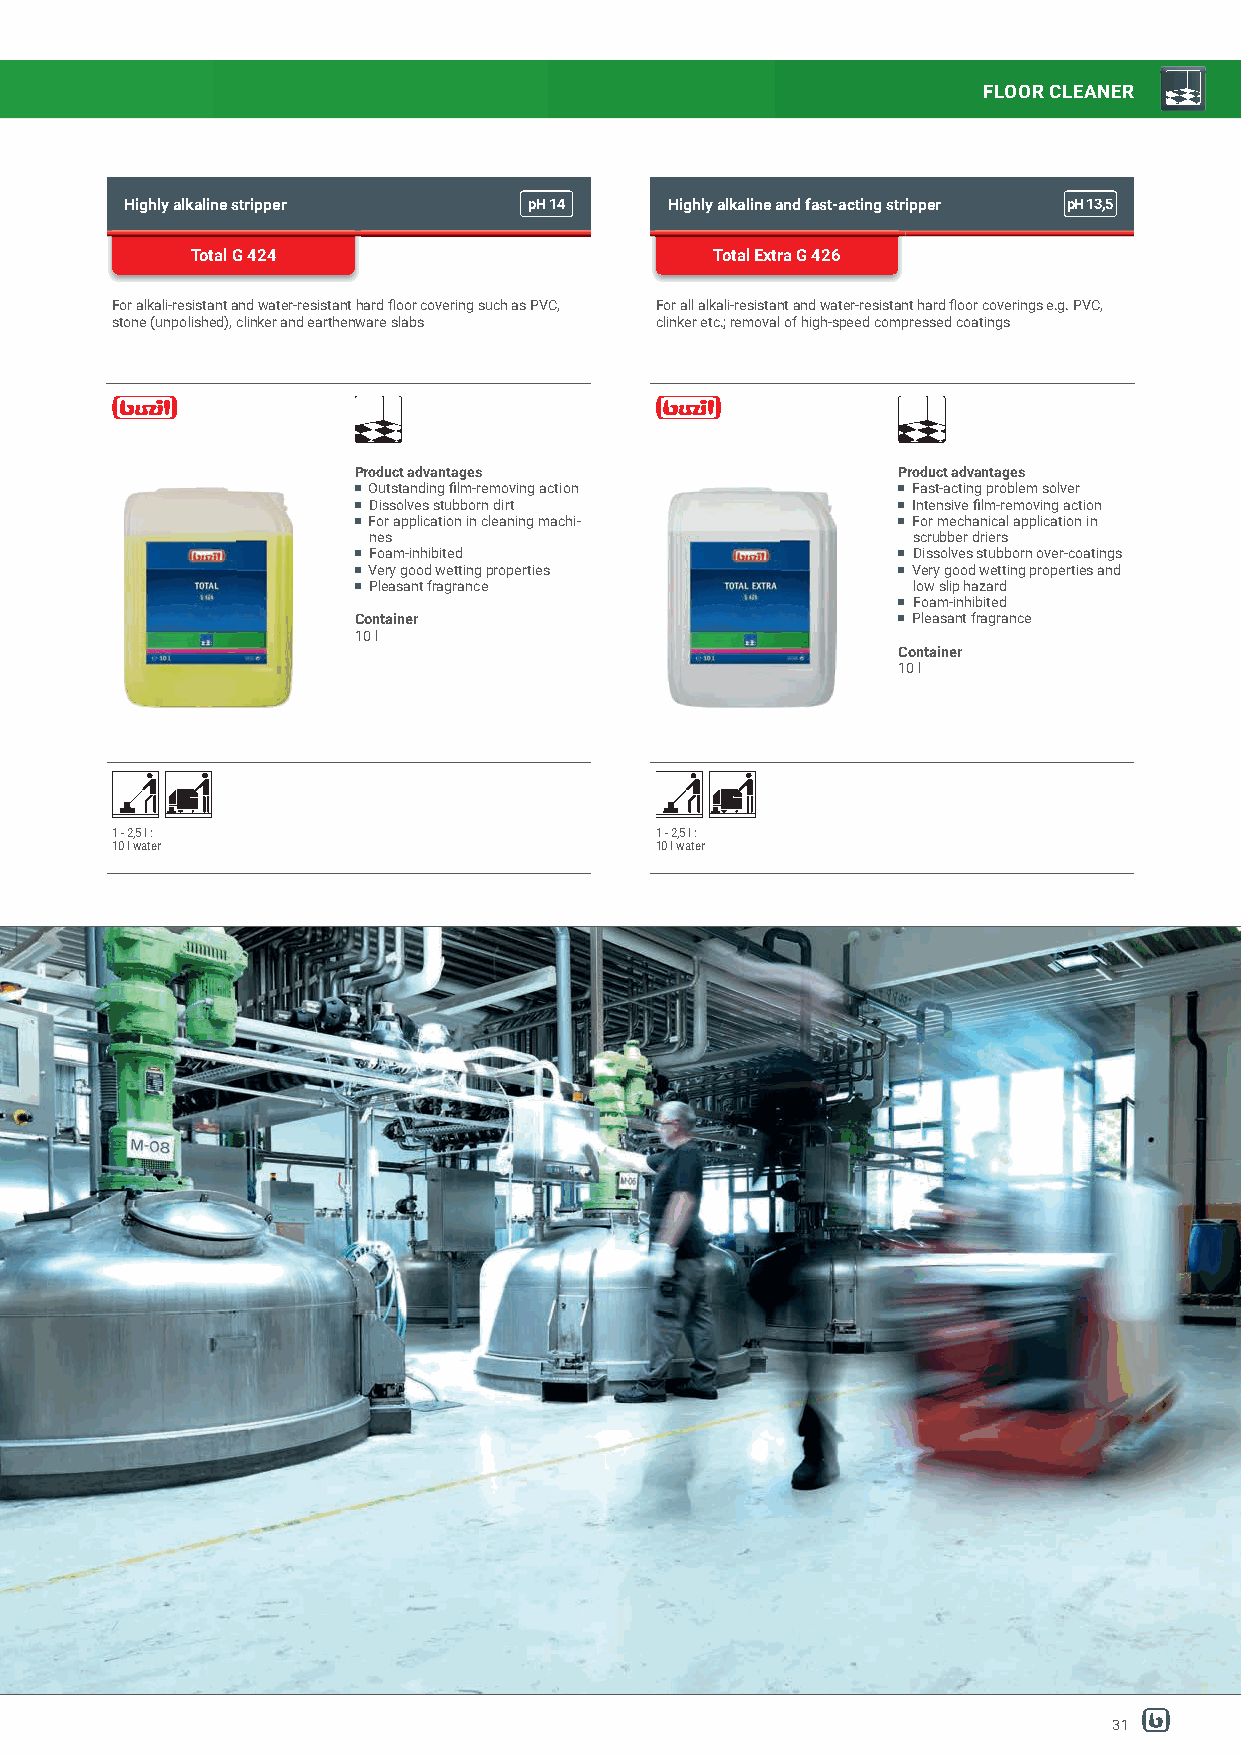
FLOOR CLEANER
 Highly alkaline stripper   pH14     Highly alkaline and fast-acting stripper pH13,5
 Total G 424                       Total Extra G 426
 For alkali-resistant and water-resistant hard fl oor covering such as PVC, For all alkali-resistant and water-resistant hard fl oor coverings e.g. PVC,
 stone (unpolished), clinker and earthenware slabs clinker etc.; removal of high-speed compressed coatings
 Product advantages                  Product advantages
 Outstanding fi lm-removing action   Fast-acting problem solver
 Dissolves stubborn dirt             Intensive fi lm-removing action
 For application in cleaning machi-  For mechanical application in
 nes                                 scrubber driers
 Foam-inhibited                      Dissolves stubborn over-coatings
 Very good wetting properties        Very good wetting properties and
 Pleasant fragrance                  low slip hazard
 Foam-inhibited
 Container                            Pleasant fragrance
 10 l
 Container
 10 l
 1 - 2,5 l :                         1 - 2,5 l :
 10 l water                          10 l water
 31